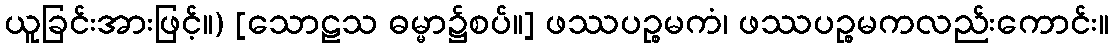
ယူခြင်းအားဖြင့်။) [သောဠသ ဓမ္မာ၌စပ်။] ဖဿပဉ္စမကံ၊ ဖဿပဉ္စမကလည်းကောင်း။